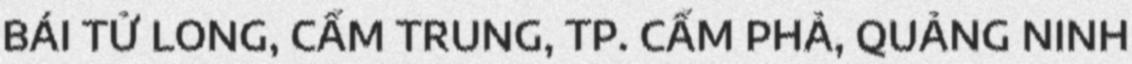
BÁI TỬ LONG, CẨM TRUNG, TP. CẨM PHẢ, QUẢNG NINH